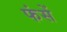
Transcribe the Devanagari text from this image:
फंसें